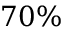
7 0 \%